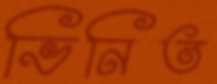
ভিনিত